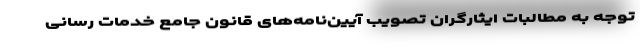
توجه به مطالبات ایثارگران تصویب آیین‌نامه‌های قانون جامع خدمات رسانی